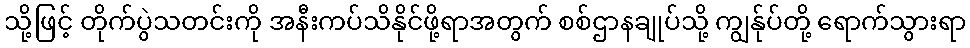
သို့ဖြင့် တိုက်ပွဲသတင်းကို အနီးကပ်သိနိုင်ဖို့ရာအတွက် စစ်ဌာနချုပ်သို့ ကျွန်ုပ်တို့ ရောက်သွားရာ